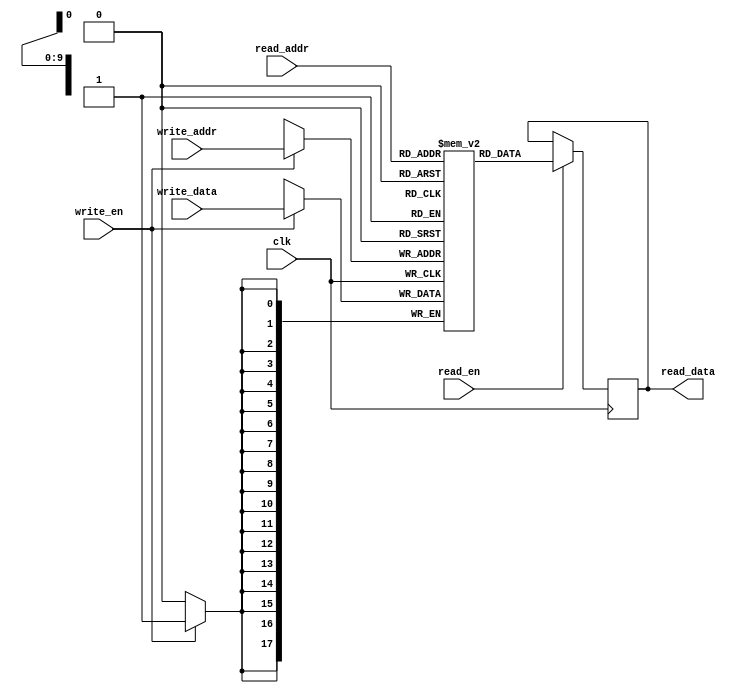
`timescale 1ns / 1ps
`default_nettype none

//////////////////////////////////////////////////////////////////////////////////
// Company: 
// Engineer: 
// 
// Design Name: 
// Module Name:    memory 
// Project Name: 
// Target Devices: 
// Tool versions: 
// Description: 
//
// Dependencies: 
//
// Revision: 
// Revision 0.01 - File Created
// Additional Comments: 
//
//////////////////////////////////////////////////////////////////////////////////
module memory_twoport #(
   parameter RAM_WIDTH = 18,
   parameter RAM_ADDR_BITS = 10
)(
    input wire                     clk,
	 
	 input wire                     read_en,
    input wire [RAM_ADDR_BITS-1:0] read_addr,
    output reg [RAM_WIDTH-1:0]     read_data,
	 
	 input wire                     write_en,
    input wire [RAM_ADDR_BITS-1:0] write_addr,
    input wire [RAM_WIDTH-1:0]     write_data
);

   (* RAM_STYLE="BLOCK" *)
   reg [RAM_WIDTH-1:0] memory [(2**RAM_ADDR_BITS)-1:0];


   //  The forllowing code is only necessary if you wish to initialize the RAM 
   //  contents via an external file (use $readmemb for binary data)
   initial begin :RAM
	  integer i;
	  for(i=0; i < (2**RAM_ADDR_BITS); i = i + 1)
	  begin
	  	  memory[i] = 0;
	  end
	end

   always @(posedge clk) begin
      if (write_en) begin
          memory[write_addr] <= write_data;
		end

      if (read_en) begin
         read_data <= memory[read_addr];
		end
   end
						
endmodule